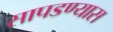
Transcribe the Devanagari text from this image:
सापडण्यास